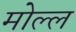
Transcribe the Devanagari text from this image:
मोल्ल